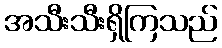
အသီးသီးရှိကြသည်